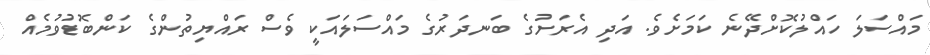
މައްސަލަ ހައްލުކޮށްދޭނެ ކަމަށެވެ. އަދި އެރަށުގެ ބަނދަރުގެ މައްސަލައަކީ ވެސް ރައްޔިތުންގެ ކަންބޮޑުވުމެއް